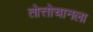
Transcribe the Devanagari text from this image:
तोत्तोचानला